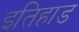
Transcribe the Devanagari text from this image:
इतिहाड